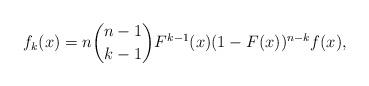
LaTeX: \begin{align*}f_{k}(x)=n\binom{n-1}{k-1} F^{k-1}(x)(1-F(x))^{n-k} f(x),\end{align*}